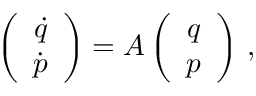
\begin{array} { r } { \left( \begin{array} { c } { \Dot { q } } \\ { \Dot { p } } \end{array} \right) = \boldsymbol { A } \left( \begin{array} { c } { q } \\ { p } \end{array} \right) \, , } \end{array}